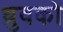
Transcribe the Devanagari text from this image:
ध्रुवको